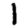
Digit: 1